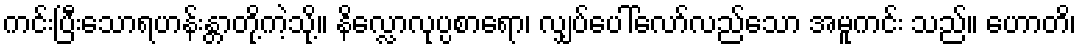
ကင်းပြီးသောရဟန်းန္တာတို့ကဲ့သို့။ နိလ္လောလုပ္ပစာရော၊ လျှပ်ပေါ်လော်လည်သော အမူကင်း သည်။ ဟောတိ၊